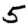
Digit: 5